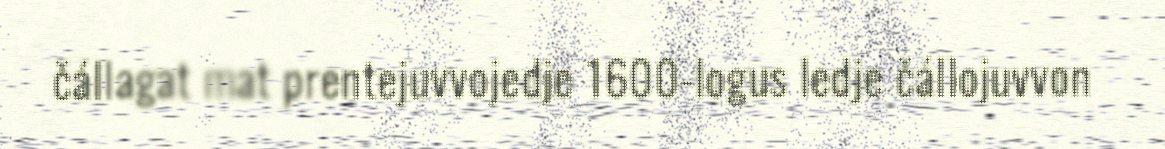
čállagat mat prentejuvvojedje 1600-logus ledje čállojuvvon